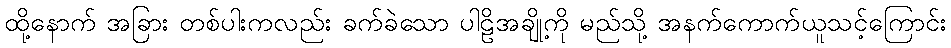
ထို့နောက် အခြား တစ်ပါးကလည်း ခက်ခဲသော ပါဠိအချို့ကို မည်သို့ အနက်ကောက်ယူသင့်ကြောင်း